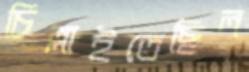
চিল্লাইতেছিল